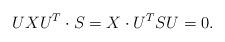
LaTeX: \begin{align*} U X U^T \cdot S = X \cdot U^T S U = 0.\end{align*}